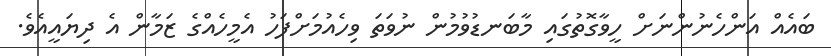
ބައެއް އަންހެނުންނަށް ހީވާގޮތުގައި މާބަނޑުވުމުން ނުވަތަ ވިހެއުމަށްފަހު އެމީހެއްގެ ޒަމާން އެ ދިޔައީއެވެ.